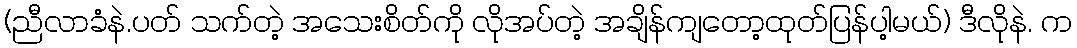
(ညီလာခံနဲ.ပတ် သက်တဲ့ အသေးစိတ်ကို လိုအပ်တဲ့ အချိန်ကျတော့ထုတ်ပြန်ပါ့မယ်) ဒီလိုနဲ. က